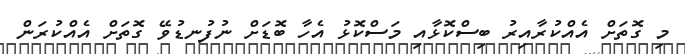
މި ގޮތަށް އެއްކުރާއިރު ބިސްކޮޅާއި މަސްކޮޅު އެހާ ބޮޑަށް ނުފުނޑުވޭ ގޮތަށް އެއްކުރަން